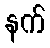
နက်